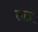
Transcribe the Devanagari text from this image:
ताम्रं